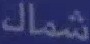
شمالك